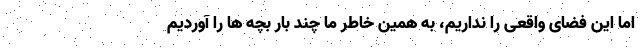
اما این فضای واقعی را نداریم، به همین خاطر ما چند بار بچه ها را آوردیم